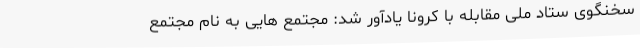
سخنگوی ستاد ملی مقابله با کرونا یادآور شد: مجتمع هایی به نام مجتمع